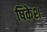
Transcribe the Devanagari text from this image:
षिकेश